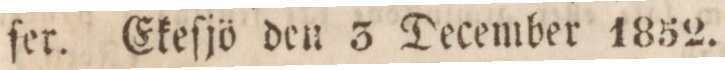
ſer. Ekeſjö den 3 December 1852.